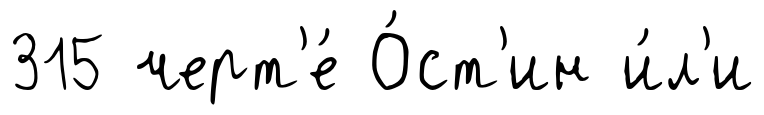
315 черт'е́ О́ст'ин и́л'и